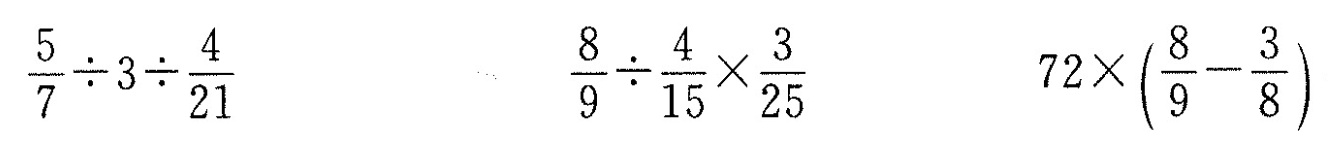
$$\frac { 5 } { 7 } \div 3 \div \frac { 4 } { 2 1 }$$ $$\frac { 8 } { 9 } \div \frac { 4 } { 1 5 } \times \frac { 3 } { 2 5 }